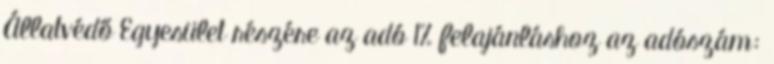
Állatvédő Egyesület részére az adó 1% felajánláshoz az adószám: